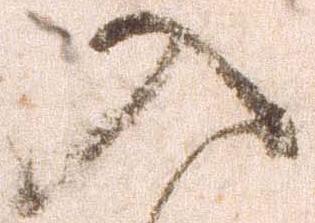
入